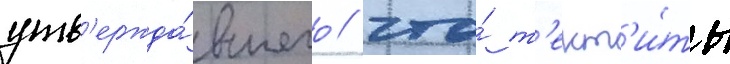
утв'ержда́вшего / что́ т'ект'и́ты